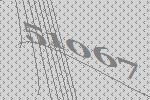
51067